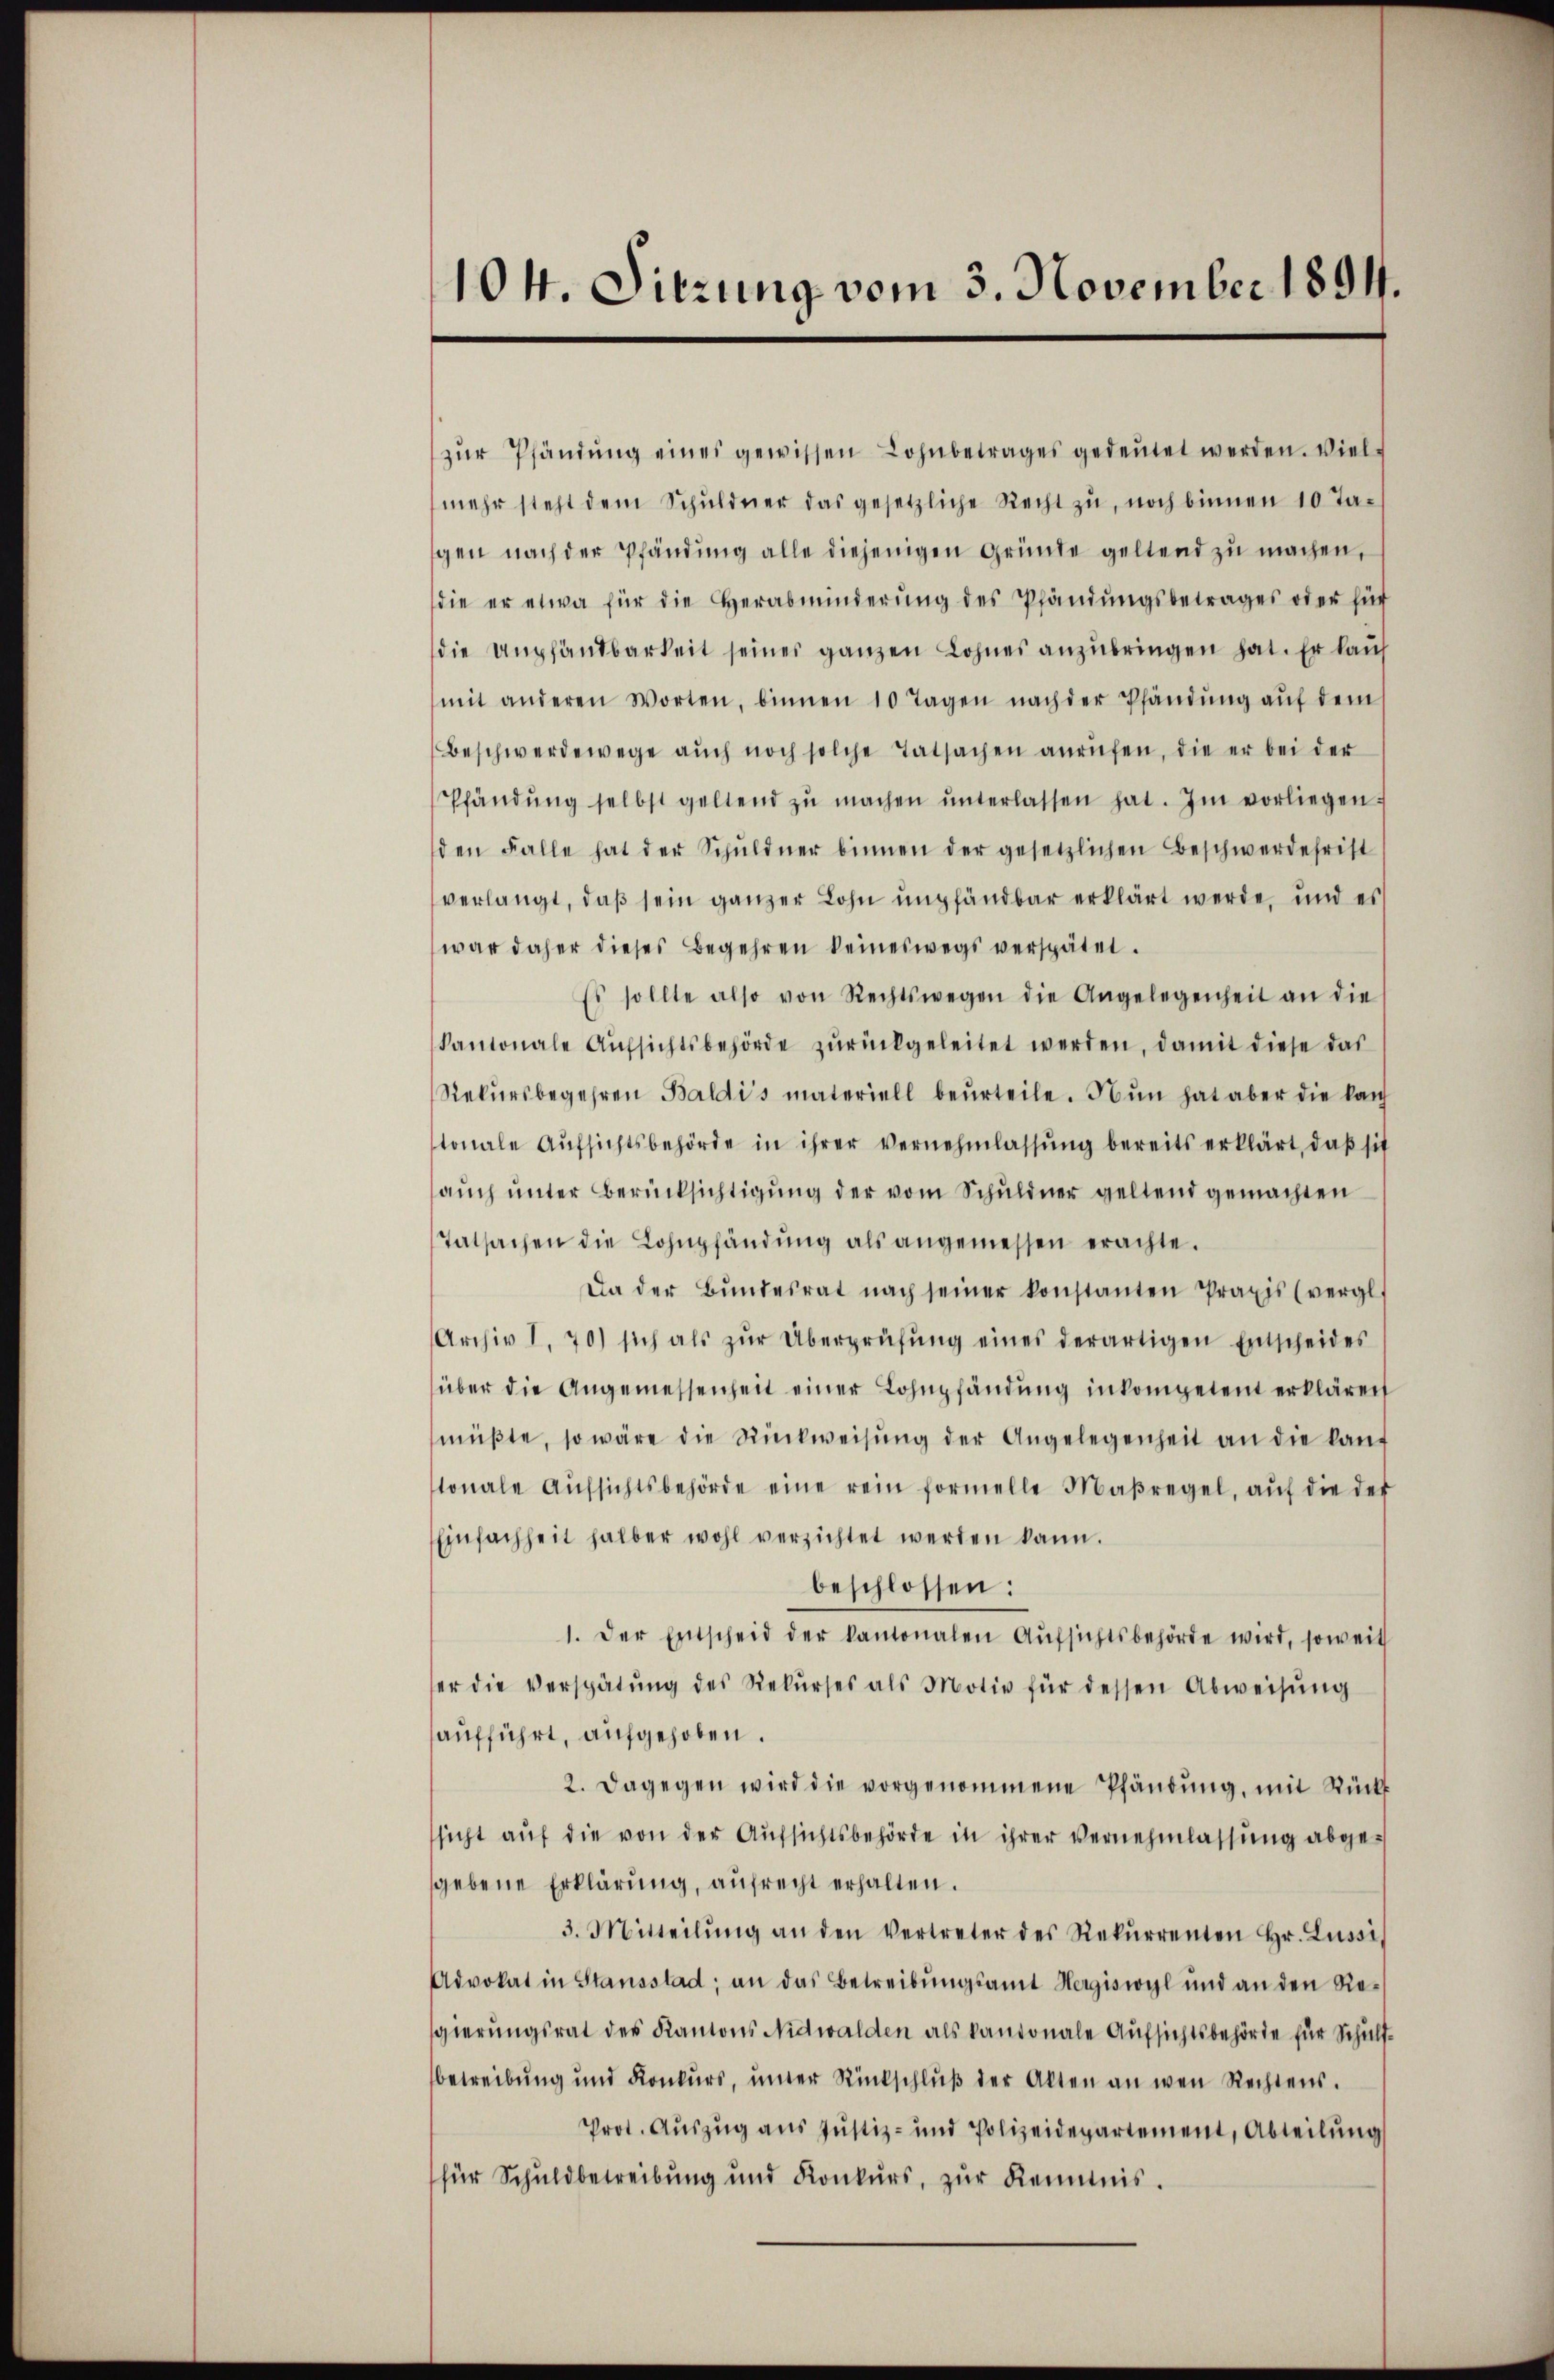
104. Sitzung vom 3. November 1894.

zŭr Pfändung eines gewissen Lohnbetrages gedeutet werden. Vielmehr steht dem Schŭldner das gesetzliche Recht zŭ, noch binnen 10 Ta-
gen nach der Pfändung alle diejenigen Gründe geltend zŭ machen,
die er etwa für die Herabminderŭng des Pfändŭngsbetrages oder für
die empfandbarkeit seines ganzen Lohnes anzubringen hat. Er kauf
mit anderen Worten, binnen 10 Tagen nach der Pfändŭng aŭf dem
Beschwerdewege aŭch noch solche Tatsachen anrüfen, die er bei der
Pfändŭng selbst geltend zŭ machen ŭnterlassen hat. Im vorliegen s
den Falle hat der Schŭldner binnen der gesetzlichen Beschwerdefrist
verlangt, daß sein ganzer Lohn empfändbar erklärt werde, und es
war daher dieses Begehren keineswegs verspätet.
Es sollte also von Rechtswegen die Angelegenheit an die
Kantonale Aŭfsichtsbehörde zŭrückgeleitet werden, damit diese das
Rekŭrsbegehren Baldis materiell beŭrteile. Nun hat aber die kan
tonale Aŭfsichtsbehörde in ihrer vernehmlassŭng bereits erklärt, daβ sic
auch unter Berücksichtigung der vom Schuldner geltend gemachten
Tatsachen die Lohnpfändung als angemessen erachte.
Da der Bŭndesrat nach seiner konstanten Praxis (vergl.
Archiv I. 70) sich als zŭr Überprüfŭng eines derartigen Entscheides
über die Angemessenheit einer Lohnpfändung inkompetent erklären
müβte, so wäre die Stückweisŭng der Angelegenheit an die kauf
tonale Aŭfsichtsbehörde eine rein formelle Maßregel, aŭf die der
Einfachheit halber wohl verzichtet werden kann.
beschlossen:
1. Der Entscheid der kantonalen Aŭfsichtsbehörde wird, soweit
er die Verspätŭng des Rekŭrses als Motiv für dessen Abweisŭng
aufführt, aufgehoben.
2. Dagegen wird die vorgenommene Pfändung, mit Rück
sicht aŭf die von der Aŭfsichtsbehörde in ihrer Vernehmlassŭng abge-
gebene Erklärung, aufrecht erhalten.
3. Mitteilŭng an den Vertreter des Rekŭrrenten Hr. Lussi,
Advokat in Stansstad; an das Betreibŭngsamt Hergiswyl und an den Resgierungsrat des Kantons Nidwalden als kantonale Aufsichtsbehörde für Schultbetreibung und Konkŭrs, inter Rückschlŭβ der Alten an wen Rechtens.
Prot. Auszug aus Justiz- und Polizeidepartement, Abteilung
für Schuldbetreibŭng und Konkŭrs, zŭr Kenntnis.